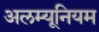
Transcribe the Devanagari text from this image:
अलम्यूनियम